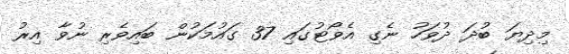
މިދިޔަ ބުދަ ދުވަހު ނެގި އެވޯޓުގައި 37 ގައުމަކުން ބައިވެރި ނުވާ އިރު